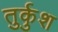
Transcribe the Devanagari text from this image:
तुर्कुश